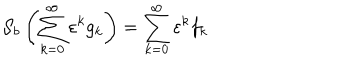
LaTeX: { \cal S } _ { b } \left( \sum _ { k = 0 } ^ { \infty } \varepsilon ^ { k } g _ { k } \right) = \sum _ { k = 0 } ^ { \infty } \varepsilon ^ { k } f _ { k }